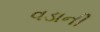
વડાની